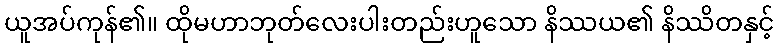
ယူအပ်ကုန်၏။ ထိုမဟာဘုတ်လေးပါးတည်းဟူသော နိဿယ၏ နိဿိတနှင့်